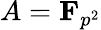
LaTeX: A=\mathbf{F}_{p^{2}}